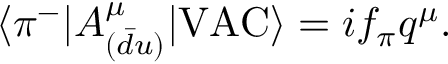
\langle \pi ^ { - } | A _ { ( \bar { d } u ) } ^ { \mu } | \mathrm { V A C } \rangle = i f _ { \pi } q ^ { \mu } .